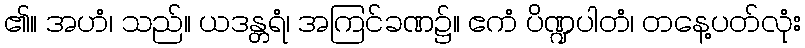
၏။ အဟံ၊ သည်။ ယဒန္တရံ၊ အကြင်ခဏ၌။ ဧကံ ပိဏ္ဍပါတံ၊ တနေ့ပတ်လုံး